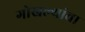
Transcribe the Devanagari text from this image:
गोखल्यांचा